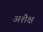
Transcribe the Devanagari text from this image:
अशैक्ष